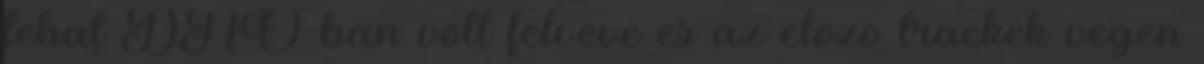
tehat DAO-ban volt felveve es az elozo trackek vegen